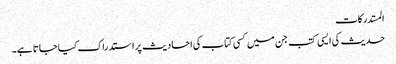
المستدرکات
حدیث کی ایسی کتب جن میں کسی کتاب کی احادیث پر استدراک کیا جاتا ہے۔